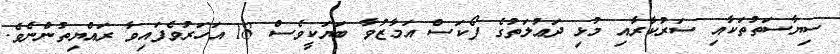
ސިޔާސަތުތަކާއި ސަރުކާރާއި މުޅި ދަޢުލަތުގެ ފޯކަސް އަމާޒުވާ ބަޔަކީވެސް 18 އަހަރުވެފައިވާ ރައްޔިތުންނެވެ.